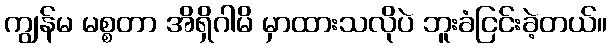
ကျွန်မ မစ္စတာ အိရှိဂါမိ မှာထားသလိုပဲ ဘူးခံငြင်းခဲ့တယ်။